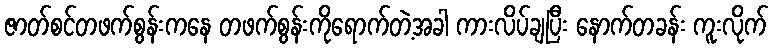
ဇာတ်စင်တဖက်စွန်းကနေ တဖက်စွန်းကိုရောက်တဲ့အခါ ကားလိပ်ချပြီး နောက်တခန်း ကူးလိုက်